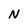
Character: N